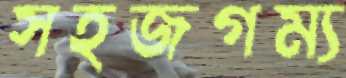
সহজগম্য